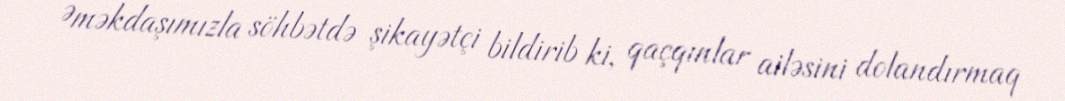
Əməkdaşımızla söhbətdə şikayətçi bildirib ki, qaçqınlar ailəsini dolandırmaq